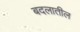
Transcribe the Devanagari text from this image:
बदलातील